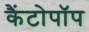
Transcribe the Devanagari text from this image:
कैंटोपॉप